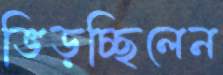
ভিড়চ্ছিলেন